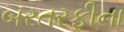
બરતરફીના